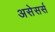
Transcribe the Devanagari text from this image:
असेसर्स